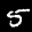
Label: 5